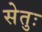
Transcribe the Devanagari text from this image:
सेतुः